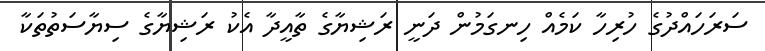
ސަރަހައްދުގެ ހުރިހާ ކަމެއް ހިނގަމުން ދަނީ ރަޝިޔާގެ ތާއީދާ އެކު ރަޝިޔާގެ ސިޔާސަތުތަކާ